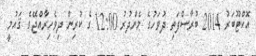
އޮކްޓޫބަރު 2014 ބުރާސްފަތި ދުވަހުގެ މެންދުރު 12:00 ގެ ކުރިން ދިވެހިރާއްޖޭގެ ޤައުމީ